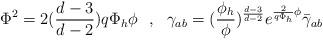
LaTeX: \begin{align*}\Phi^2=2({d-3\over d-2})q\Phi_h \phi~~,~~\gamma_{ab}=({\phi_h\over \phi })^{d-3\over d-2}e^{{2\over q\Phi_h}\phi}\bar{\gamma}_{ab}~~\end{align*}